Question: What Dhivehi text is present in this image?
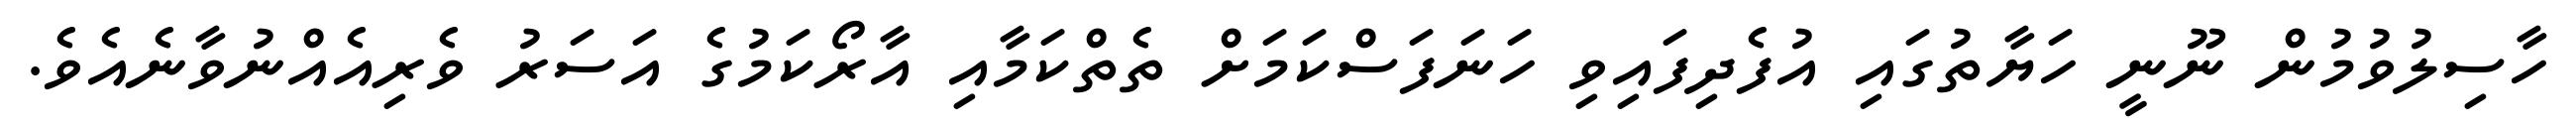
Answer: ހާސިލުވުމުން ނޫނީ ހަޔާތުގައި އުފެދިފައިވި ހަނަފަސްކަމަށް ތެތްކަމާއި އާރޯކަމުގެ އަސަރު ވެރިއެއްނުވާނެއެވެ.